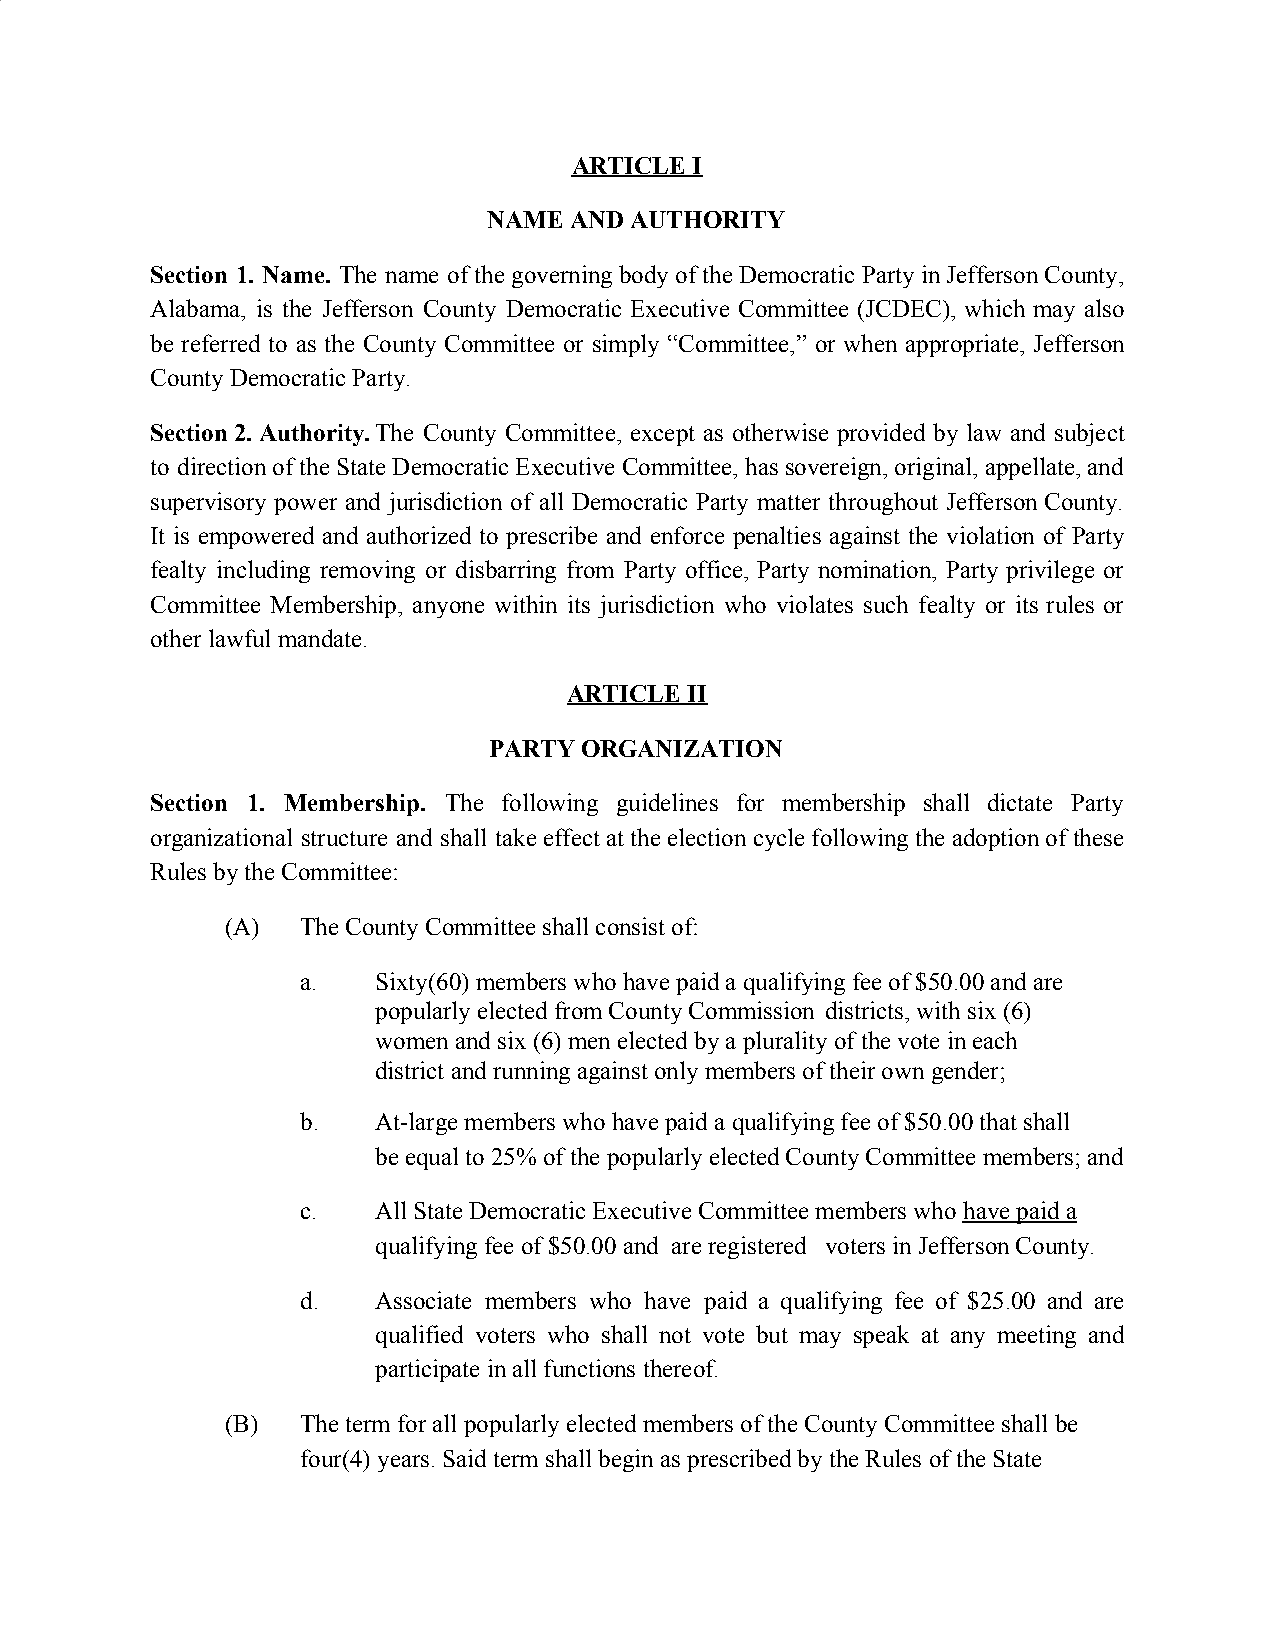
ARTICLE I
 NAME  AND AUTHORITY
 Section 1. Name. The name of the governing body of the Democratic Party in Jefferson County,
 ​
 Alabama, is the Jefferson County Democratic Executive Committee (JCDEC), which may also
 be referred to as the County Committee or simply “Committee,” or when appropriate, Jefferson
 County Democratic Party.
 Section 2. Authority.The County Committee, except as otherwise provided by law and subject
 to direction of the State Democratic Executive Committee, has sovereign, original, appellate, and
 supervisory power and jurisdiction of all Democratic Party matter throughout Jefferson County.
 It is empowered and authorized to prescribe and enforce penalties against the violation of Party
 fealty including removing or disbarring from Party office, Party nomination, Party privilege or
 Committee Membership, anyone within its jurisdiction who violates such fealty or its rules or
 other lawful mandate.
 ARTICLE II
 PARTY ORGANIZATION
 Section 1. Membership. The following guidelines for membership shall dictate Party
 ​
 organizational structure and shall take effect at the election cycle following the adoption of these
 Rules by the Committee:
 (A)  The County Committee shall consist of:
 a.   Sixty(60) members who have paid a qualifying fee of $50.00 and are
 popularly elected from County Commission districts, with six (6)
 women and six (6) men elected by a plurality of the vote in each
 district and running against only members of their own gender;
 b.   At-large members who have paid a qualifying fee of $50.00 that shall
 be equal to 25% of the popularly elected County Committee members; and
 c.   All State Democratic Executive Committee members who have paid a
 ​
 qualifying fee of $50.00 and are registered voters in Jefferson County.
 d.   Associate members who have paid a qualifying fee of $25.00 and are
 qualified voters who shall not vote but may speak at any meeting and
 participate in all functions thereof.
 (B)  The term for all popularly elected members of the County Committee shall be
 four(4) years. Said term shall begin as prescribed by the Rules of the State